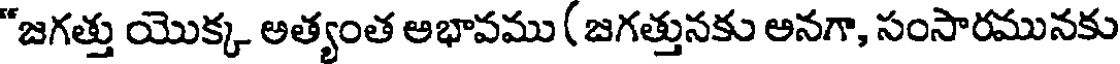
"జగత్తు యొక్క అత్యంత అభావము ( జగత్తునకు అనగా, సంసారమునకు